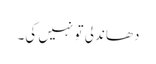
دھاندلی تو نہیں کی۔